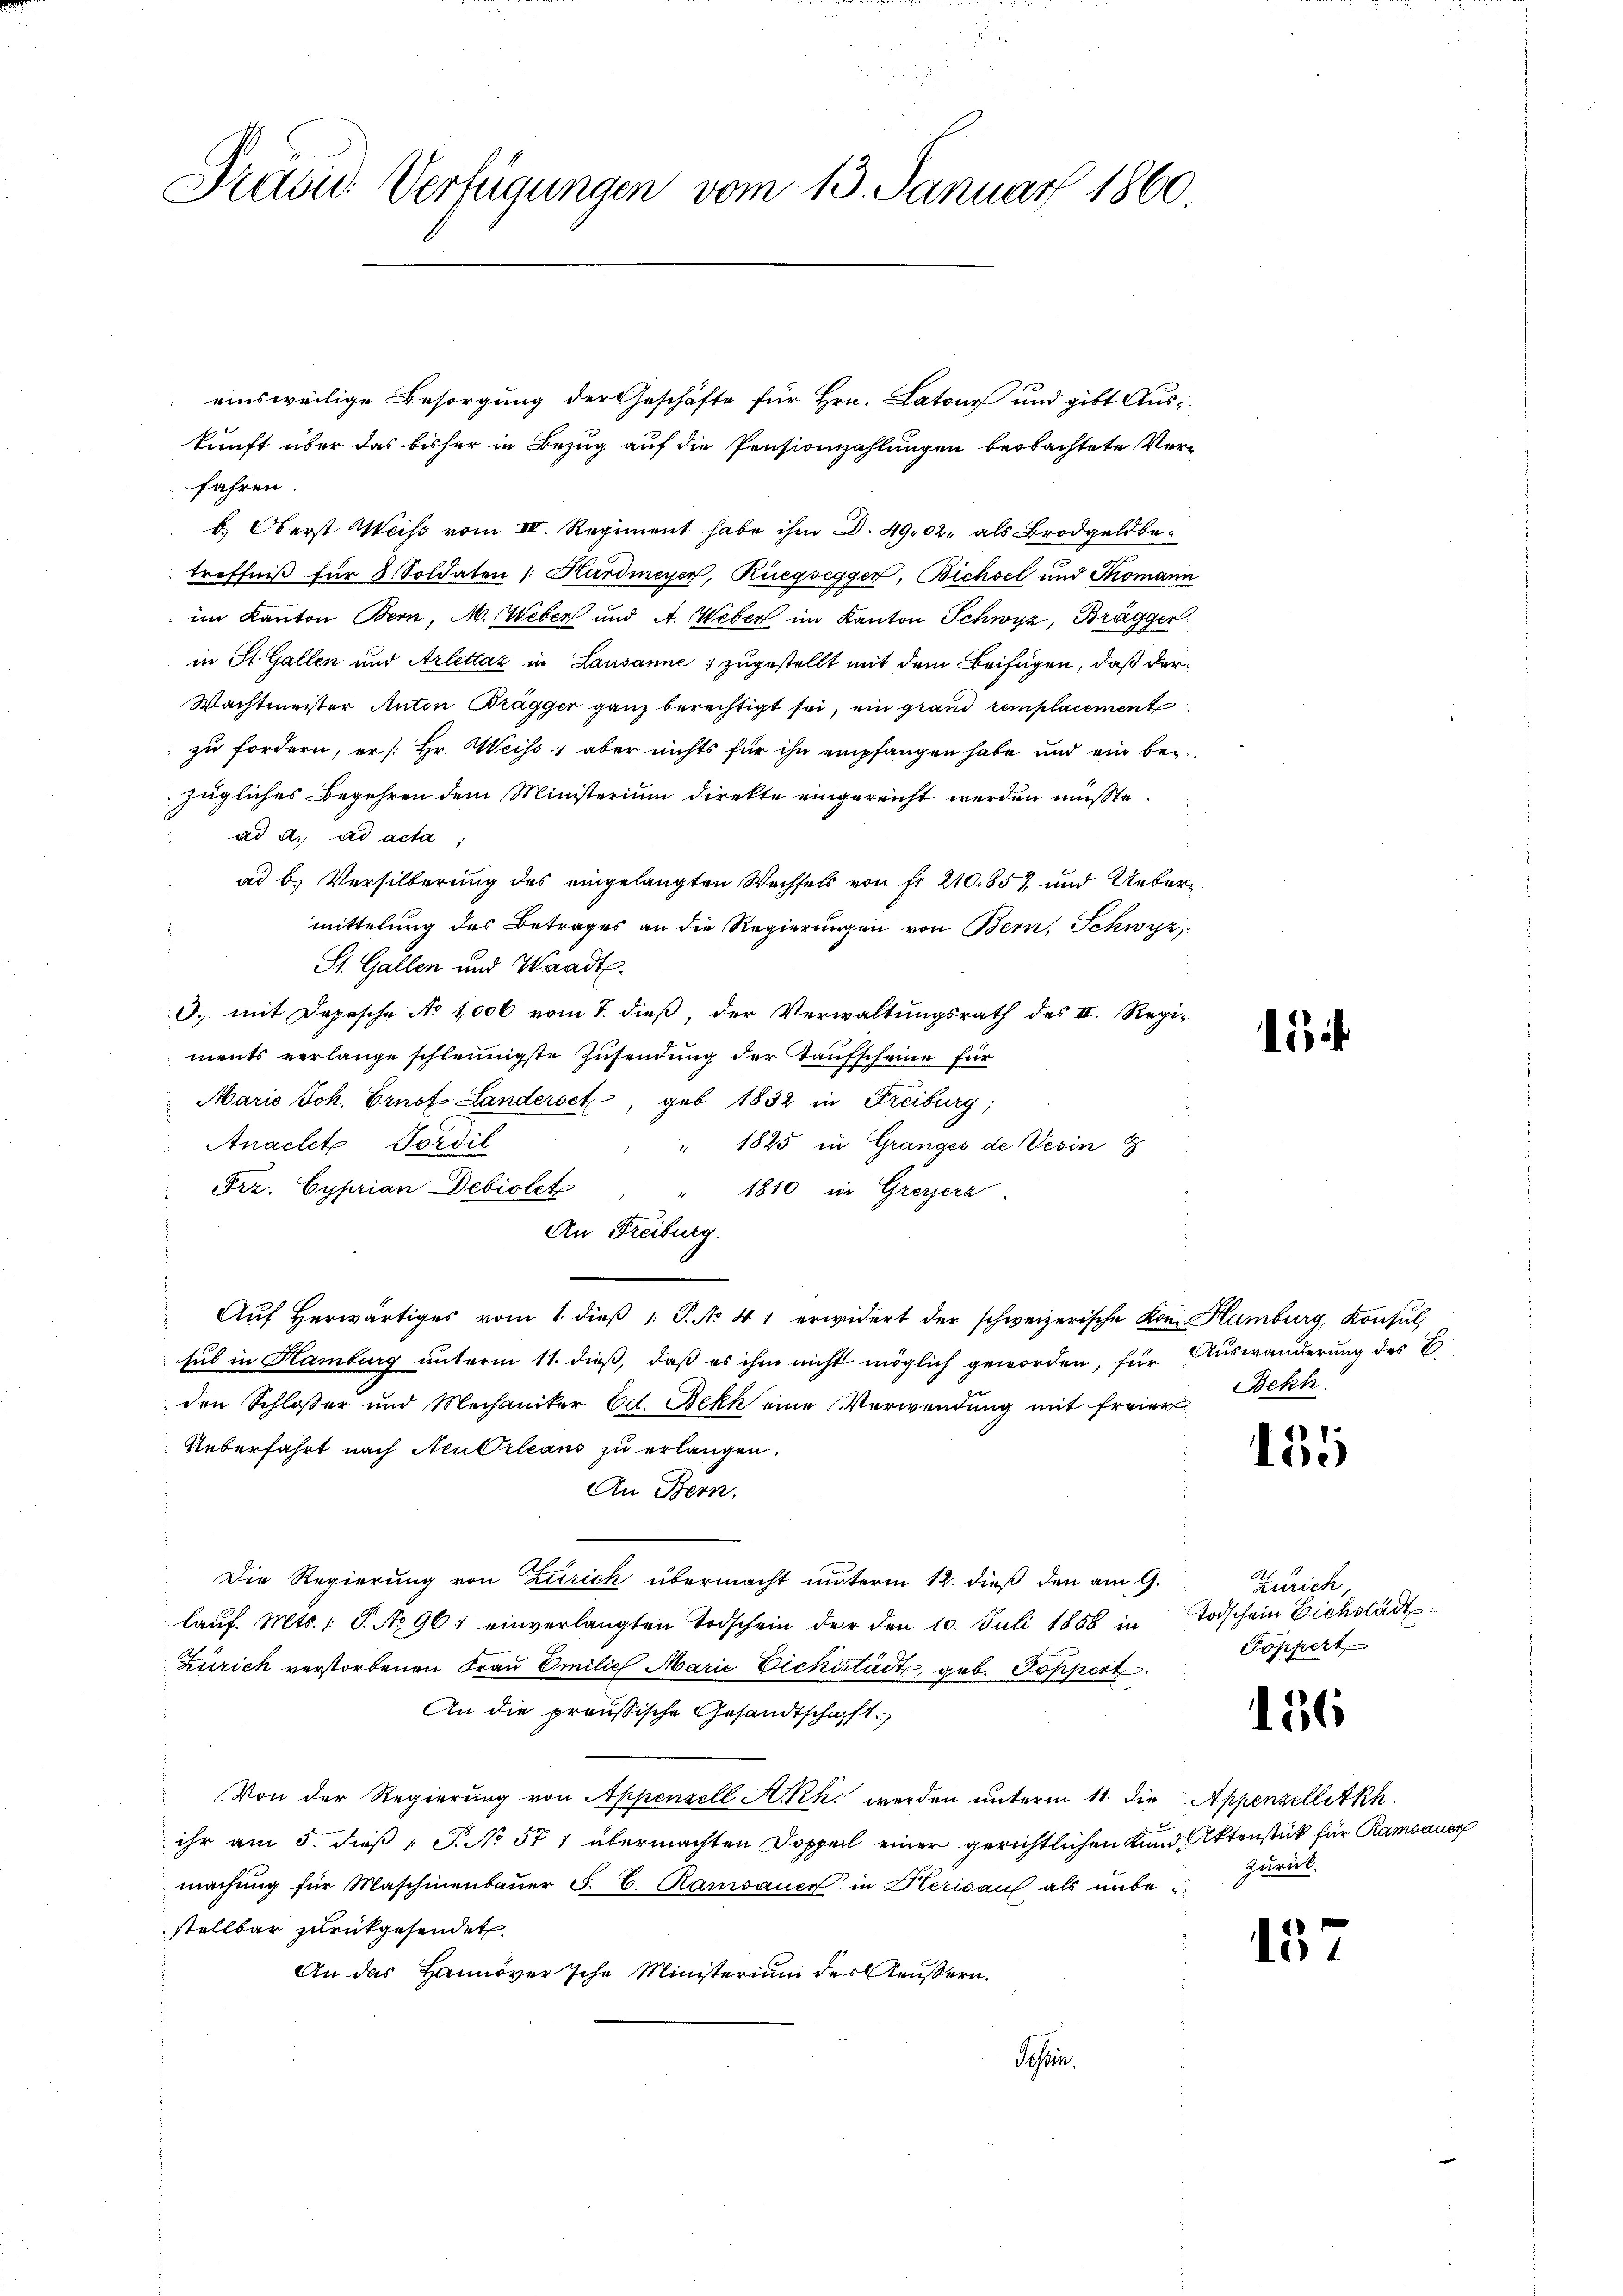
Präsid. Verfügungen vom 13. Januar 1860.

einsweilige Besorgung der Geschäfte für Hrn. Latour und gibt Auskunft über das bisher in Bezug auf die Pensionszahlungen beobachtete Verfahren.
b. Oberst Meiß vom III. Regiment habe ihm D. 49,02, als Brodgeldbetreffniß für 8 Soldaten Hardmeyer, Rüegseggen, Bichsel und Thomann
im Kanton Bern, M. Weber und A. Weber im Kanton Schwyz, Brägger
in St. Gallen und Arlettaz in Lausanne; zugestellt mit dem Beifügen, daß der¬
Wachtmeister Anton Brugger ganz berechtigt sei, ein grand remplacement
 zu fordern, er [Hr. Weiss, aber nichts für ihn empfangen habe und ein bei
zügliches Begehren dem Ministerium direkte eingereicht werden müßte.
ad a. ad acta,
ad b.) Versilberung des eingelangten Wechsels von fr. 210857, und Uebermittelung des Betrages an die Regierungen von Bern, Schwyz,
St. Gallen und Waadt.
d. mit Depesche No 1000 vom 7. dieß, der Verwaltungsrath des II. Regi-
ments verlange schleunigste Zusendung der Taufscheine für
Marie Joh. Prof Landerset, geb. 1832 in Freiburg;
Anaclete Tordil
" 1825 in Granges de Vesin 8
Frz. Cyprian Debiolet
1810 in Greyerz
An Freiburg.
Auf Herwärtiges vom 1. dieß P. No 41 erwidert der schweizerische Kon Hamburg, Konsul
sul in Hamburg unterm 11. dieß, daß es ihm nicht möglich geworden, für Auswanderung des E.
den Schloßer und Mechaniker Ed. Bekk eine Verwendung mit freier Bekk
Ueberfahrt nach Neu Orleans zu erlangen.
An Bern.
Die Regierung von Zürich übermacht unterm 12. dieß den am 9.
laŭf. Mts. 1 S. No 96; einverlangten Todschein der den 10. Juli 1858 in Todschein Eichstädt¬
Zürich verstorbenen Frau Emilich Marie Dickerstädte, geb. Poppert
An die preußische Gesandtschaft.
Von der Regierung von Appenzell A.-Rk. werden unterm 11. die Appenzellitkh
ihr am 5. dieß P. No. 571 übermachten Doppell einer gerichtlichen Kund Aktenstück für Ramsauer
machŭng für Maschinenbaŭer F. C. Ramsauner in Herisauf als ŭnbe-
stellbar zurückgesendet
An das Hannoversche Ministerium des Aeußern.
Teßin.

15

60
oe)

Zürich,
Pöppert

126

zurück.

15